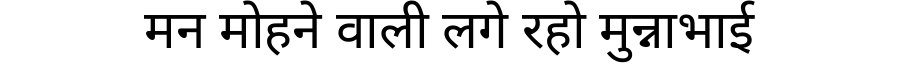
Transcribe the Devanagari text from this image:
मन मोहने वाली लगे रहो मुन्नाभाई